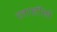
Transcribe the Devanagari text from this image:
नाहीसें